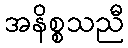
အနိစ္စသညီ